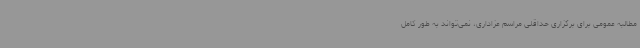
مطالبه عمومی برای برگزاری حداقلی مراسم عزاداری، نمی‌تواند به طور کامل